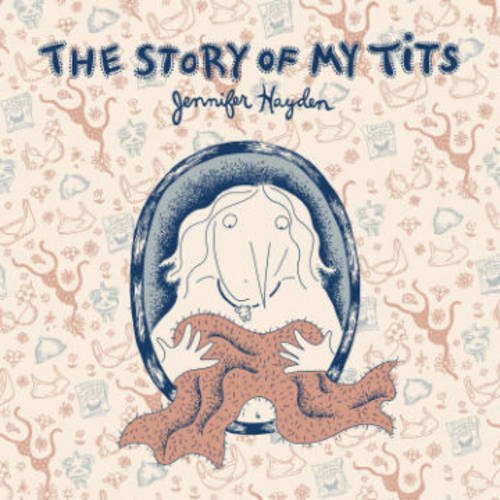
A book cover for The Story of My Tits; Jennifer Hayden; Comics & Graphic Novels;